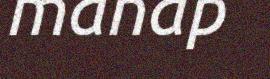
manap